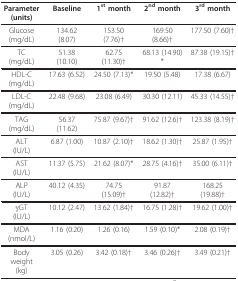
| Parameter(units) | Baseline | 1st month | 2nd month | 3rd month |
 | --- | --- | --- | --- | --- |
 | Glucose(mg/dL) | 134.62 (8.07) | 153.50 (7.76)† | 169.50 (8.66)† | 177.50 (7.60)† |
 | TC(mg/dL) | 51.38 (10.10) | 62.75 (11.30)† | 68.13 (14.90)* | 87.38 (19.15)† |
 | HDL-C(mg/dL) | 17.63 (6.52) | 24.50 (7.13)* | 19.50 (5.48) | 17.38 (6.67) |
 | LDL-C(mg/dL) | 22.48 (9.68) | 23.08 (6.49) | 30.30 (12.11) | 45.33 (14.55)† |
 | TAG(mg/dL) | 56.37 (11.62) | 75.87 (9.67)† | 91.62 (12.6)† | 123.38 (8.19)† |
 | ALT(IU/L) | 6.87 (1.00) | 10.87 (2.10)† | 18.62 (1.30)† | 25.87 (1.95)† |
 | AST(IU/L) | 11.37 (5.75) | 21.62 (8.07)* | 28.75 (4.16)† | 35.00 (6.11)† |
 | ALP(IU/L) | 40.12 (4.35) | 74.75 (15.09)† | 91.87 (12.82)† | 168.25 (19.88)† |
 | γGT(IU/L) | 10.12 (2.47) | 13.62 (1.84)† | 16.75 (1.28)† | 19.62 (1.00)† |
 | MDA(nmol/L) | 1.16 (0.20) | 1.26 (0.16) | 1.59 (0.10)* | 2.08 (0.19)† |
 | Body weight(kg) | 3.05 (0.26) | 3.42 (0.18)† | 3.46 (0.26)† | 3.49 (0.21)† |